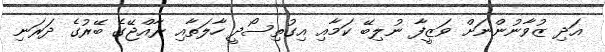
އަދި ޒުވާނުންނަށް ވަޒީފާ ނުލިބޭ ކަމާއި އިގުތިސޯދީ ހާލަތާއި ރާއްޖޭގެ ބޭރުގެ ދަރަނި